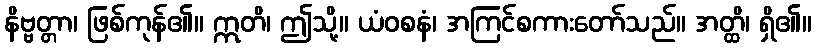
နိဗ္ဗတ္တာ၊ ဖြစ်ကုန်၏။ ဣတိ၊ ဤသို့။ ယံဝစနံ၊ အကြင်စကားတော်သည်။ အတ္ထိ၊ ရှိ၏။